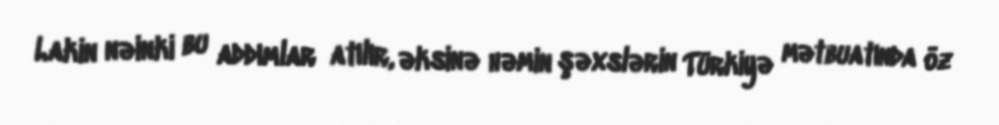
Lakin nəinki bu addımlar atılır, əksinə həmin şəxslərin Türkiyə mətbuatında öz